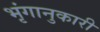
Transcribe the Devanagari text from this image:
भृंगानुकारी